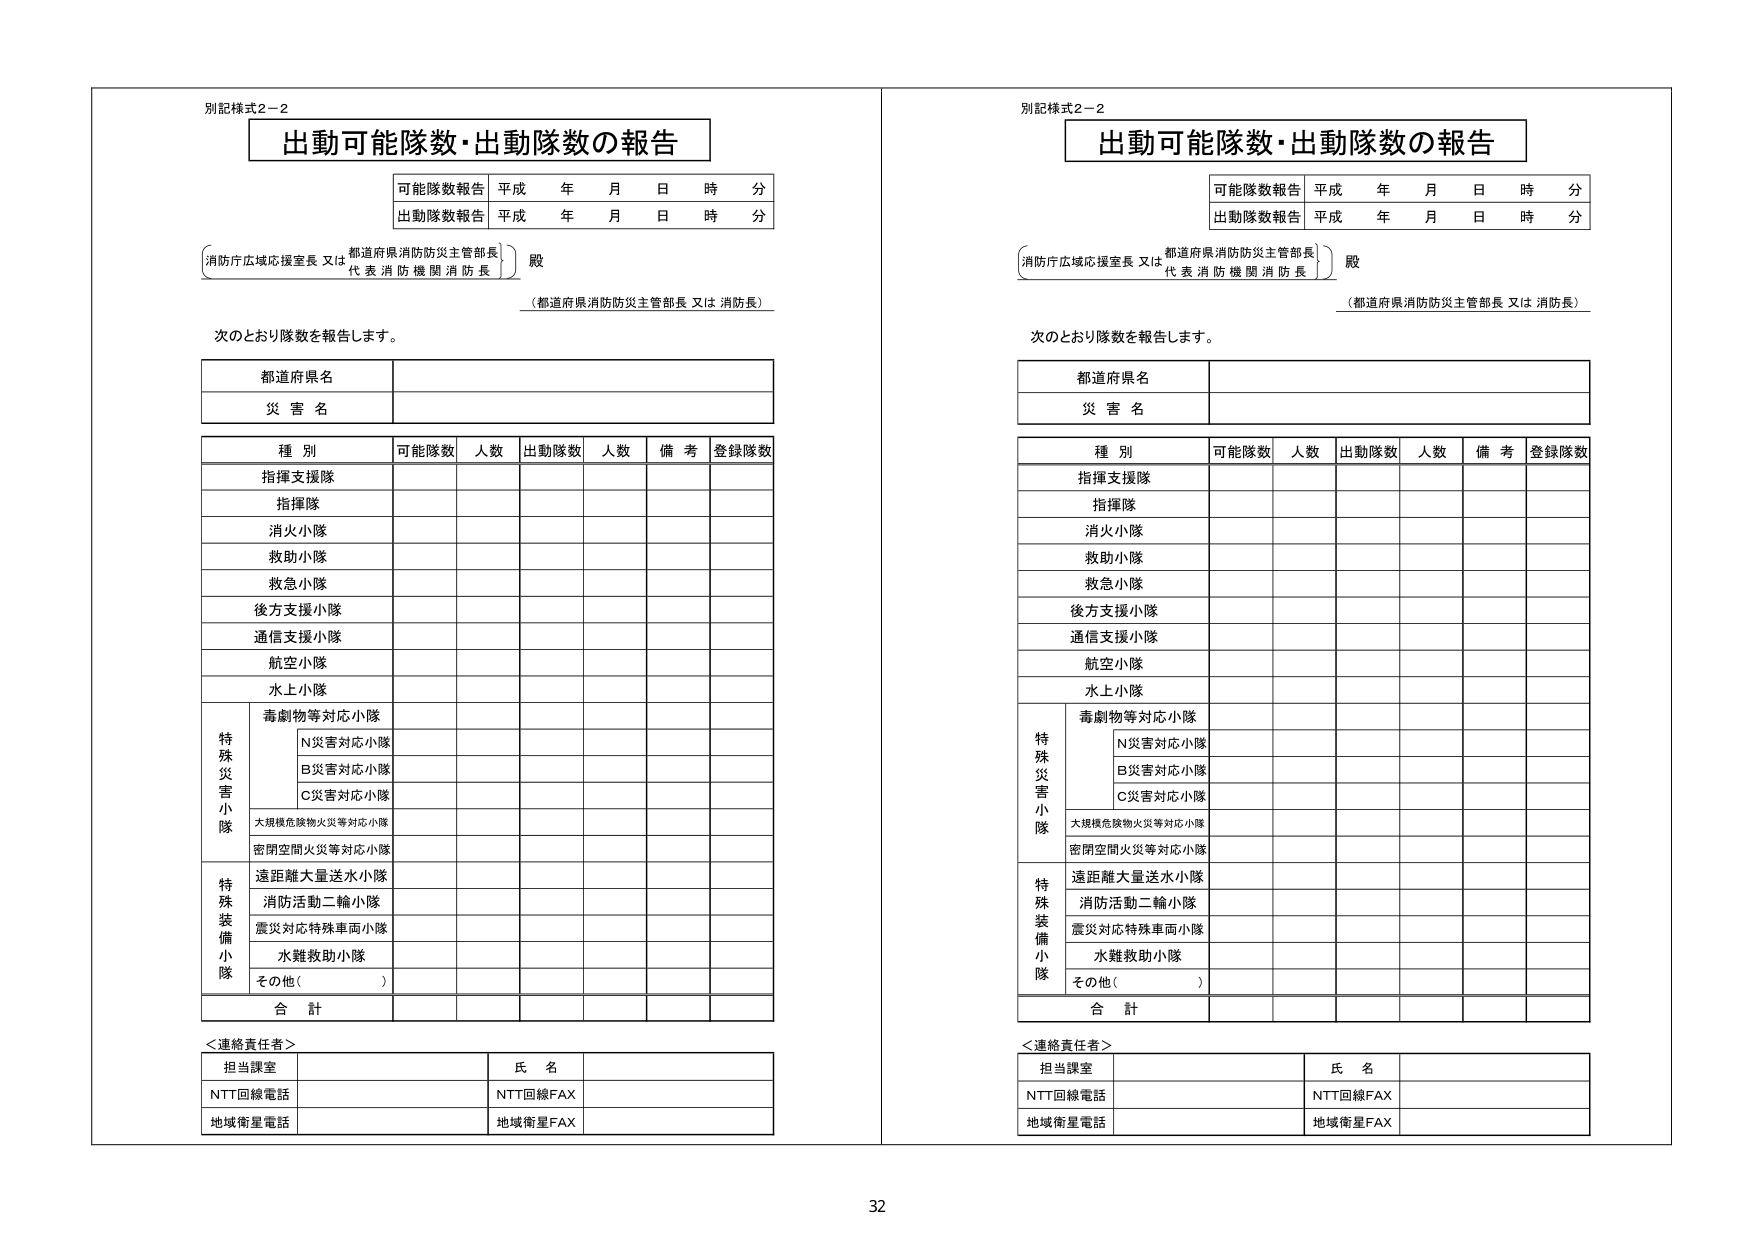
別記様式2－2
出動可能隊数・出動隊数の報告

可能隊数報告 平成 年 月 日 時 分
出動隊数報告 平成 年 月 日 時 分

（消防庁広域応援室長 又は 都道府県消防防災主管部長）
（代表消防機関消防長） 殿

（都道府県消防防災主管部長 又は 消防長）

次のとおり隊数を報告します。

都道府県名
災害名

種別 可能隊数 人数 出動隊数 人数 備考 登録隊数
指揮支援隊
指揮隊
消火小隊
救助小隊
救急小隊
後方支援小隊
通信支援小隊
航空小隊
水上小隊
特殊災害小隊
　　毒劇物等対応小隊
　　　　N災害対応小隊
　　　　B災害対応小隊
　　　　C災害対応小隊
　　　　大規模危険物火災等対応小隊
　　　　密閉空間火災等対応小隊
特殊装備小隊
　　遠距離大量送水小隊
　　消防活動二輪小隊
　　震災対応特殊車両小隊
　　水難救助小隊
　　その他（　　　　）

合計

＜連絡責任者＞
担当課室　　　　　　　　　　　　　氏名
NTT回線電話　　　　　　　　　　　NTT回線FAX
地域衛星電話　　　　　　　　　　　地域衛星FAX

別記様式2－2
出動可能隊数・出動隊数の報告

可能隊数報告 平成 年 月 日 時 分
出動隊数報告 平成 年 月 日 時 分

（消防庁広域応援室長 又は 都道府県消防防災主管部長）
（代表消防機関消防長） 殿

（都道府県消防防災主管部長 又は 消防長）

次のとおり隊数を報告します。

都道府県名
災害名

種別 可能隊数 人数 出動隊数 人数 備考 登録隊数
指揮支援隊
指揮隊
消火小隊
救助小隊
救急小隊
後方支援小隊
通信支援小隊
航空小隊
水上小隊
特殊災害小隊
　　毒劇物等対応小隊
　　　　N災害対応小隊
　　　　B災害対応小隊
　　　　C災害対応小隊
　　　　大規模危険物火災等対応小隊
　　　　密閉空間火災等対応小隊
特殊装備小隊
　　遠距離大量送水小隊
　　消防活動二輪小隊
　　震災対応特殊車両小隊
　　水難救助小隊
　　その他（　　　　）

合計

＜連絡責任者＞
担当課室　　　　　　　　　　　　　氏名
NTT回線電話　　　　　　　　　　　NTT回線FAX
地域衛星電話　　　　　　　　　　　地域衛星FAX

32